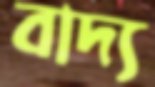
বাদ্য